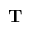
\mathbf T